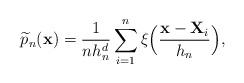
LaTeX: \begin{align*}\widetilde{p}_n({\bf{x}}) = \frac{1}{nh_n^d}\sum\limits_{i=1}^n \xi\Big(\frac{{\bf{x}}-\textbf{X}_i}{h_n}\Big),\end{align*}